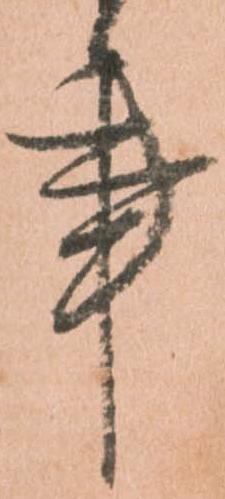
事